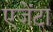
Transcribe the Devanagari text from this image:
एजेंटा